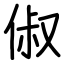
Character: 俶